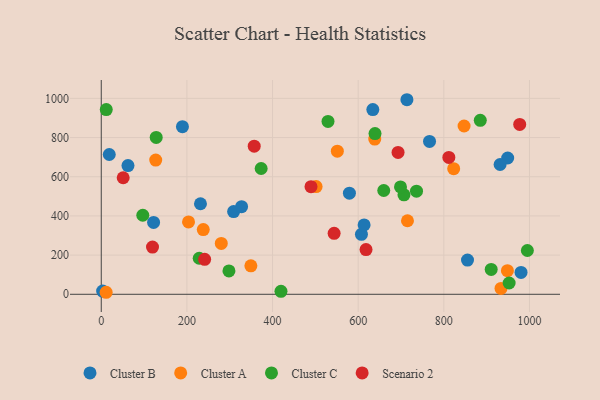
{"axis": {"x": "Price", "y": "Rating"}, "legend": ["Cluster A", "Cluster B", "Cluster C", "Scenario 2"], "data": [{"x": "634.2", "y": 942.7, "type": "Cluster B"}, {"x": "122.2", "y": 367.0, "type": "Cluster B"}, {"x": "189.6", "y": 855.7, "type": "Cluster B"}, {"x": "766.6", "y": 780.4, "type": "Cluster B"}, {"x": "62.4", "y": 657.2, "type": "Cluster B"}, {"x": "949.1", "y": 695.7, "type": "Cluster B"}, {"x": "607.6", "y": 306.0, "type": "Cluster B"}, {"x": "3.2", "y": 16.3, "type": "Cluster B"}, {"x": "931.4", "y": 662.4, "type": "Cluster B"}, {"x": "579.5", "y": 516.2, "type": "Cluster B"}, {"x": "309.1", "y": 422.0, "type": "Cluster B"}, {"x": "980.3", "y": 111.4, "type": "Cluster B"}, {"x": "18.7", "y": 713.5, "type": "Cluster B"}, {"x": "855.3", "y": 174.4, "type": "Cluster B"}, {"x": "613.8", "y": 354.3, "type": "Cluster B"}, {"x": "327.7", "y": 447.3, "type": "Cluster B"}, {"x": "713.8", "y": 993.1, "type": "Cluster B"}, {"x": "231.7", "y": 462.2, "type": "Cluster B"}, {"x": "203.8", "y": 369.6, "type": "Cluster A"}, {"x": "501.7", "y": 549.9, "type": "Cluster A"}, {"x": "823.0", "y": 641.1, "type": "Cluster A"}, {"x": "847.3", "y": 859.0, "type": "Cluster A"}, {"x": "349.4", "y": 145.3, "type": "Cluster A"}, {"x": "933.5", "y": 30.1, "type": "Cluster A"}, {"x": "948.5", "y": 120.6, "type": "Cluster A"}, {"x": "551.3", "y": 730.4, "type": "Cluster A"}, {"x": "11.4", "y": 10.3, "type": "Cluster A"}, {"x": "238.2", "y": 330.2, "type": "Cluster A"}, {"x": "715.1", "y": 375.5, "type": "Cluster A"}, {"x": "127.2", "y": 685.2, "type": "Cluster A"}, {"x": "280.3", "y": 259.7, "type": "Cluster A"}, {"x": "638.7", "y": 792.2, "type": "Cluster A"}, {"x": "97.0", "y": 403.5, "type": "Cluster C"}, {"x": "639.3", "y": 820.1, "type": "Cluster C"}, {"x": "736.2", "y": 526.3, "type": "Cluster C"}, {"x": "529.5", "y": 882.4, "type": "Cluster C"}, {"x": "995.1", "y": 223.4, "type": "Cluster C"}, {"x": "706.9", "y": 507.5, "type": "Cluster C"}, {"x": "698.8", "y": 547.8, "type": "Cluster C"}, {"x": "373.4", "y": 642.0, "type": "Cluster C"}, {"x": "298.2", "y": 119.5, "type": "Cluster C"}, {"x": "885.1", "y": 887.9, "type": "Cluster C"}, {"x": "659.7", "y": 529.7, "type": "Cluster C"}, {"x": "952.5", "y": 57.6, "type": "Cluster C"}, {"x": "11.7", "y": 943.0, "type": "Cluster C"}, {"x": "128.3", "y": 800.5, "type": "Cluster C"}, {"x": "228.8", "y": 184.0, "type": "Cluster C"}, {"x": "910.6", "y": 126.8, "type": "Cluster C"}, {"x": "419.7", "y": 15.2, "type": "Cluster C"}, {"x": "51.2", "y": 594.9, "type": "Scenario 2"}, {"x": "357.2", "y": 756.2, "type": "Scenario 2"}, {"x": "693.1", "y": 723.9, "type": "Scenario 2"}, {"x": "241.4", "y": 178.7, "type": "Scenario 2"}, {"x": "119.7", "y": 240.9, "type": "Scenario 2"}, {"x": "618.3", "y": 228.4, "type": "Scenario 2"}, {"x": "543.8", "y": 311.0, "type": "Scenario 2"}, {"x": "489.8", "y": 549.4, "type": "Scenario 2"}, {"x": "811.7", "y": 698.5, "type": "Scenario 2"}, {"x": "977.2", "y": 867.0, "type": "Scenario 2"}]}